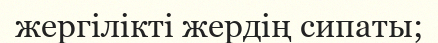
жергілікті жердің сипаты;